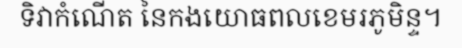
ទិវាកំណើត នៃកងយោធពលខេមរភូមិន្ទ។